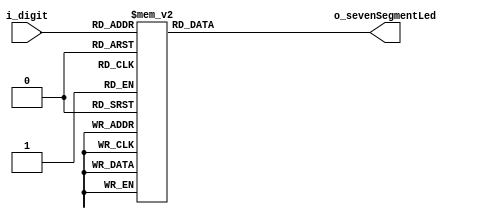
`timescale 1ns / 1ps


  //       a    
  //      ____
  //   f |    | b
  //     |_g__| 
  //   e |    | c
  //     |____| . h
  //       d
  //	                          .
  module seven_segment_driver(input  [3:0] i_digit,
									   output [7:0] o_sevenSegmentLed );
     
  reg [7:0] r_sevenSegmentLed;			
		
  assign o_sevenSegmentLed = r_sevenSegmentLed;
										 
  always @(i_digit)
  begin
	case(i_digit)
			  0 : r_sevenSegmentLed <= 8'b0000_0011; 
			  1 : r_sevenSegmentLed <= 8'b1001_1111;
			  2 : r_sevenSegmentLed <= 8'b0010_0101;
			  3 : r_sevenSegmentLed <= 8'b0000_1101;
			  4 : r_sevenSegmentLed <= 8'b1001_1001;
			  5 : r_sevenSegmentLed <= 8'b0100_1001;
			  6 : r_sevenSegmentLed <= 8'b0100_0001;
			  7 : r_sevenSegmentLed <= 8'b0001_1111;
			  8 : r_sevenSegmentLed <= 8'b0000_0001;
			  9 : r_sevenSegmentLed <= 8'b0001_1001;
	  default : r_sevenSegmentLed <= 8'b1111_1111;
	endcase
  end
endmodule